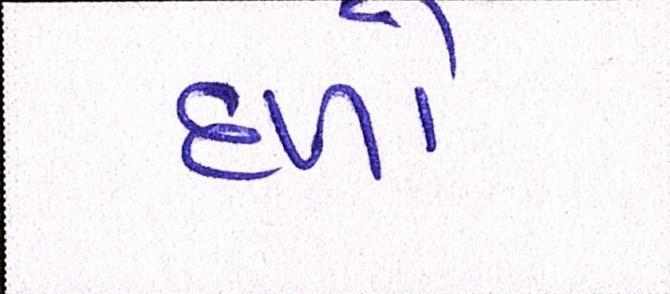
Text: દળો